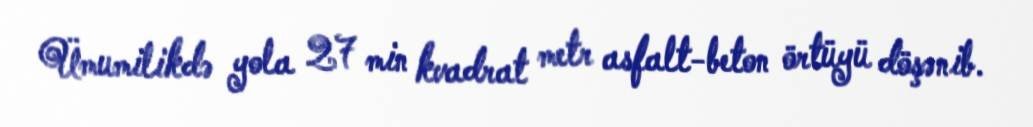
Ümumilikdə yola 27 min kvadrat metr asfalt-beton örtüyü döşənib.